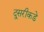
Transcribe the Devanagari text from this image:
दु्सरीकडे